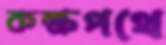
কক্ষপথে